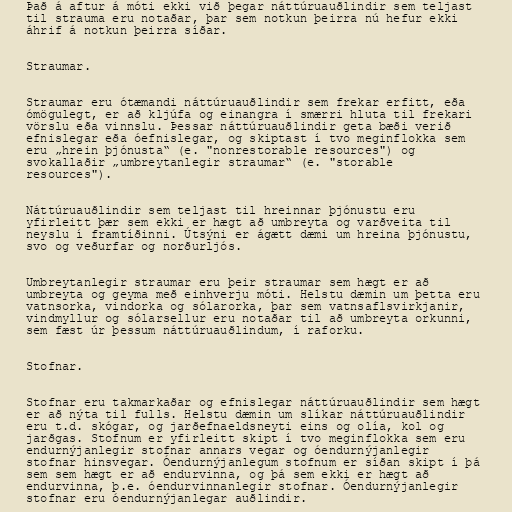
Það á aftur á móti ekki við þegar náttúruauðlindir sem teljast
til strauma eru notaðar, þar sem notkun þeirra nú hefur ekki
áhrif á notkun þeirra síðar.

Straumar.

Straumar eru ótæmandi náttúruauðlindir sem frekar erfitt, eða
ómögulegt, er að kljúfa og einangra í smærri hluta til frekari
vörslu eða vinnslu. Þessar náttúruauðlindir geta bæði verið
efnislegar eða óefnislegar, og skiptast í tvo meginflokka sem
eru „hrein þjónusta“ (e. "nonrestorable resources") og
svokallaðir „umbreytanlegir straumar“ (e. "storable
resources").

Náttúruauðlindir sem teljast til hreinnar þjónustu eru
yfirleitt þær sem ekki er hægt að umbreyta og varðveita til
neyslu í framtíðinni. Útsýni er ágætt dæmi um hreina þjónustu,
svo og veðurfar og norðurljós.

Umbreytanlegir straumar eru þeir straumar sem hægt er að
umbreyta og geyma með einhverju móti. Helstu dæmin um þetta eru
vatnsorka, vindorka og sólarorka, þar sem vatnsaflsvirkjanir,
vindmyllur og sólarsellur eru notaðar til að umbreyta orkunni,
sem fæst úr þessum náttúruauðlindum, í raforku.

Stofnar.

Stofnar eru takmarkaðar og efnislegar náttúruauðlindir sem hægt
er að nýta til fulls. Helstu dæmin um slíkar náttúruauðlindir
eru t.d. skógar, og jarðefnaeldsneyti eins og olía, kol og
jarðgas. Stofnum er yfirleitt skipt í tvo meginflokka sem eru
endurnýjanlegir stofnar annars vegar og óendurnýjanlegir
stofnar hinsvegar. Óendurnýjanlegum stofnum er síðan skipt í þá
sem sem hægt er að endurvinna, og þá sem ekki er hægt að
endurvinna, þ.e. óendurvinnanlegir stofnar. Óendurnýjanlegir
stofnar eru óendurnýjanlegar auðlindir.